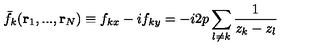
\bar { f } _ { k } ( { \bf r } _ { 1 } , . . . , { \bf r } _ { N } ) \equiv f _ { k x } - i f _ { k y } = - i 2 p \sum _ { l \neq k } \frac { 1 } { z _ { k } - z _ { l } }